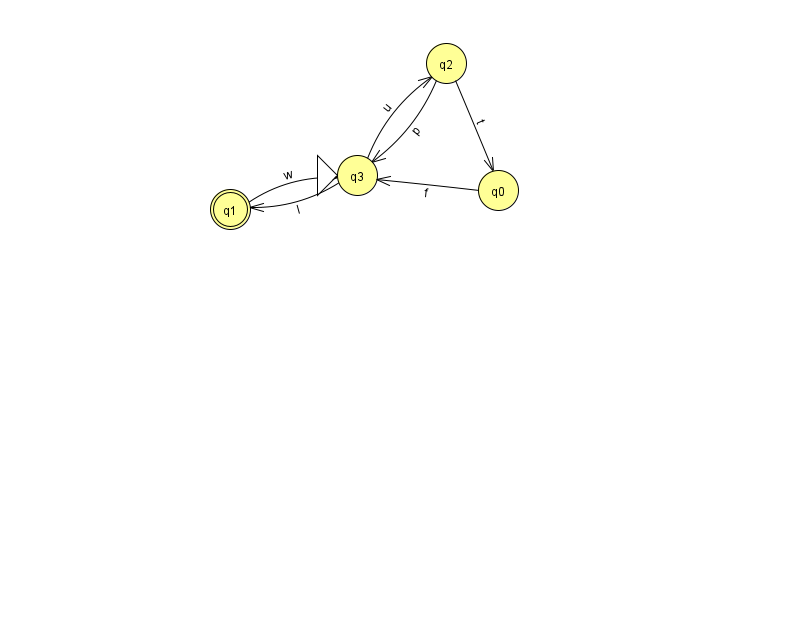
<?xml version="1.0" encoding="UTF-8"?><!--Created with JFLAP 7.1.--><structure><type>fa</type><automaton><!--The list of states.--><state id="0" name="q0"><x>498.0</x><y>177.0</y></state><state id="1" name="q1"><x>230.0</x><y>196.0</y><final/></state><state id="2" name="q2"><x>446.0</x><y>50.0</y></state><state id="3" name="q3"><x>357.0</x><y>162.0</y><initial/></state><!--The list of transitions.--><transition><from>3</from><to>1</to><read>I</read></transition><transition><from>2</from><to>0</to><read>t</read></transition><transition><from>3</from><to>2</to><read>u</read></transition><transition><from>1</from><to>3</to><read>w</read></transition><transition><from>2</from><to>3</to><read>p</read></transition><transition><from>0</from><to>3</to><read>f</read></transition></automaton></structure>